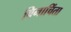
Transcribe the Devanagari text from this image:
विनाचिंता